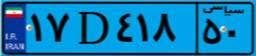
۱۷D۴۱۸۵۰